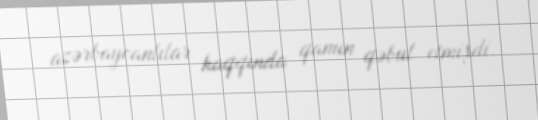
azərbaycanlılar haqqında qanun qəbul etmişdi.